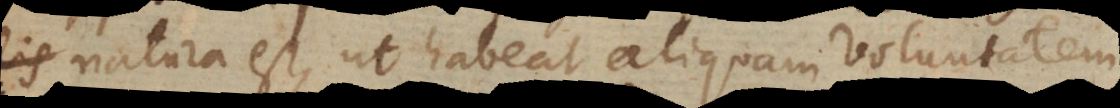
lis natura est, ut habeat aliquam voluntatem,